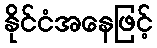
နိုင်ငံအနေဖြင့်